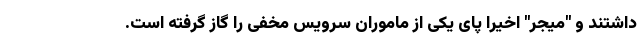
داشتند و "میجر" اخیرا پای یکی از ماموران سرویس مخفی را گاز گرفته است.